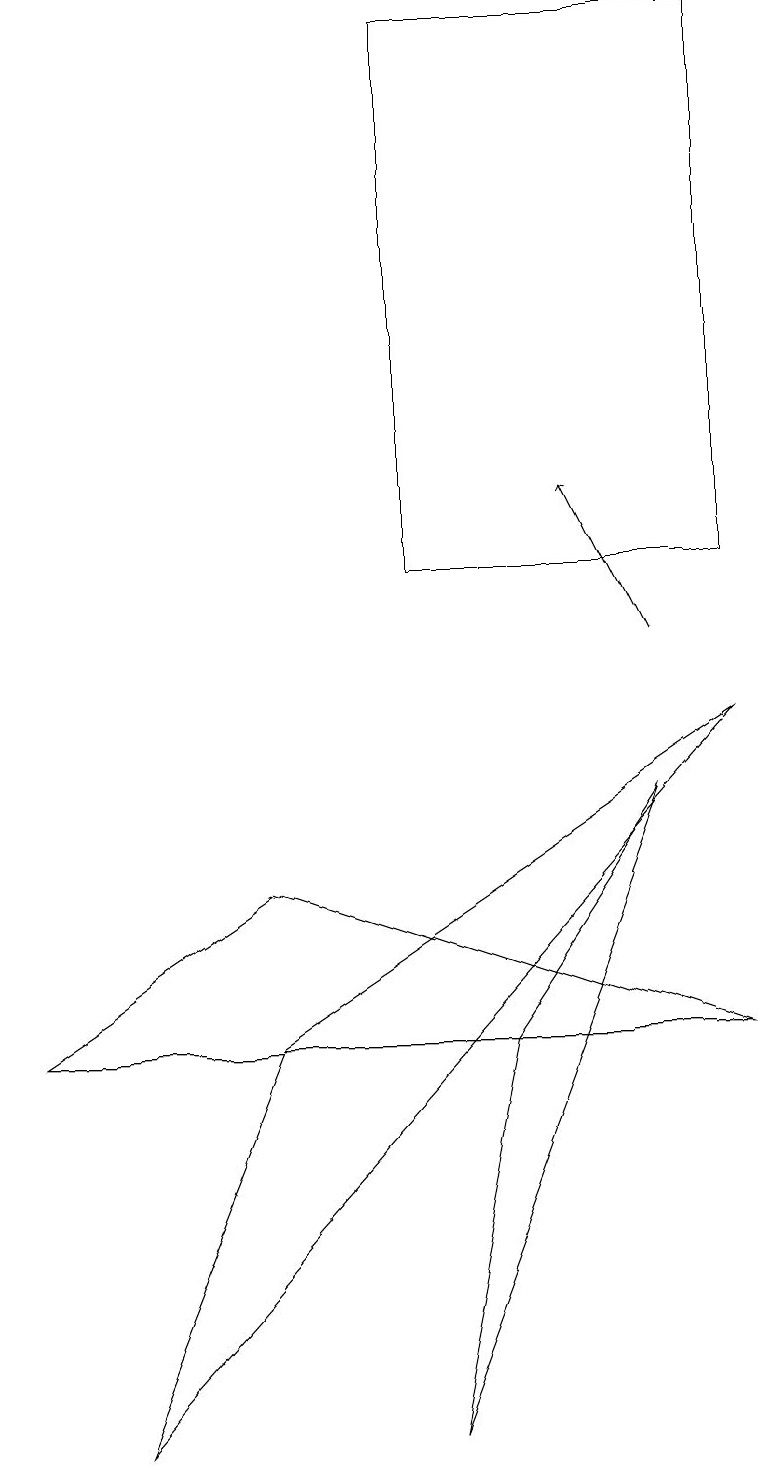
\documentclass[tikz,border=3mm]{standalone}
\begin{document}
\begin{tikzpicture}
\draw (3,5) -- (9,9) -- (1,0) -- cycle;
\draw[->] (8,10) -- (7,12);
\draw (3,7) -- (9,5) -- (0,5) -- cycle;
\draw (6,5) -- (5,0) -- (8,8) -- cycle;
\draw (9,11) rectangle (5,18);
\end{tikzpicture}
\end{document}